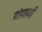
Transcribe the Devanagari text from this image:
पांडवानी